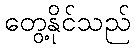
တွေ့နိုင်သည်